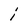
Character: i